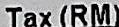
TAX(RM)